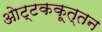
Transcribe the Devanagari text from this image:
ओट्टककूत्तन